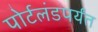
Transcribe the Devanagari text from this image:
पोर्टलंडपर्यंत